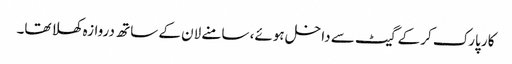
کار پارک کر کے گیٹ سے داخل ہوئے، سامنے لان کے ساتھ دروازہ کھلا تھا۔